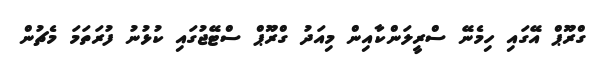
ގްރޫޕް އޭގައި ހިމެނޭ ސްރީލަންކާއިން މިއަދު ގްރޫޕް ސްޓޭޖުގައި ކުޅުނު ފުރަތަމަ މެޗުން